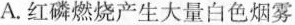
A.红磷燃烧产生大量白色烟雾